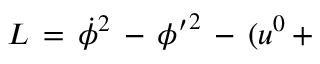
{ \cal L } \, = \, \dot { \phi } ^ { 2 } \, - \, { \phi ^ { \prime } } ^ { 2 } \, - \, ( u ^ { 0 } \, +